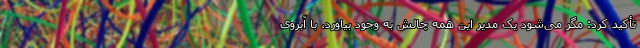
تأکید کرد: مگر می‌شود یک مدیر این همه چالش به وجود بیاورد، با آبروی